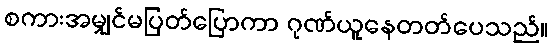
စကားအမျှင်မပြတ်ပြောကာ ဂုဏ်ယူနေတတ်ပေသည်။